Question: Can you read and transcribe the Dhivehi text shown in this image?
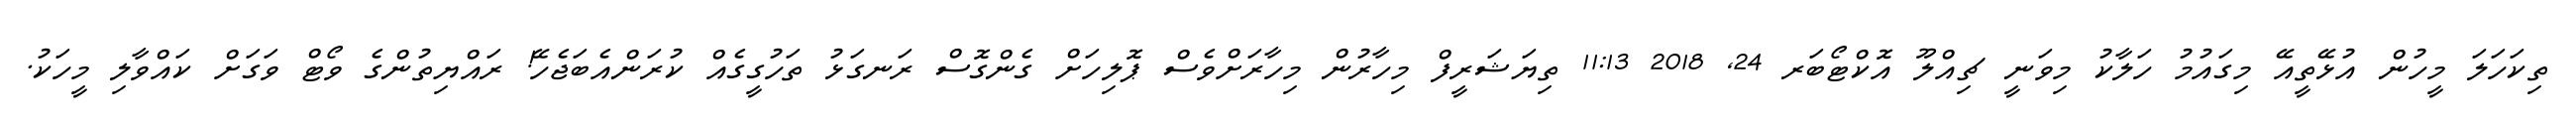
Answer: ތިކަހަލަ މީހުން އުޅޭތީއޭ މިގައުމު ހަލާކު މިވަނީ ޗިއްލޫ އޮކްޓޯބަރ 24, 2018 11:13 ތިޔަޝަރީފް މިހާރުން މިހާރަށްވެސް ޕޮލިހަށް ގެންގޮސް ރަނގަޅު ތަހުގީގެއް ކުރަންއެބަޖެހޭ! ރައްޔިތުންގެ ވޯޓް ވަގަށް ކައްވާލި މީހަކު.